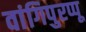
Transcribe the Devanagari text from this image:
वांगिपुरप्पू